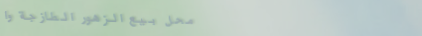
محل بيع الزهور الطازجة وا